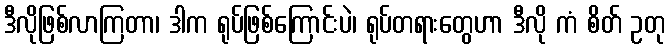
ဒီလိုဖြစ်လာကြတာ၊ ဒါက ရုပ်ဖြစ်ကြောင်းပဲ၊ ရုပ်တရားတွေဟာ ဒီလို ကံ စိတ် ဥတု